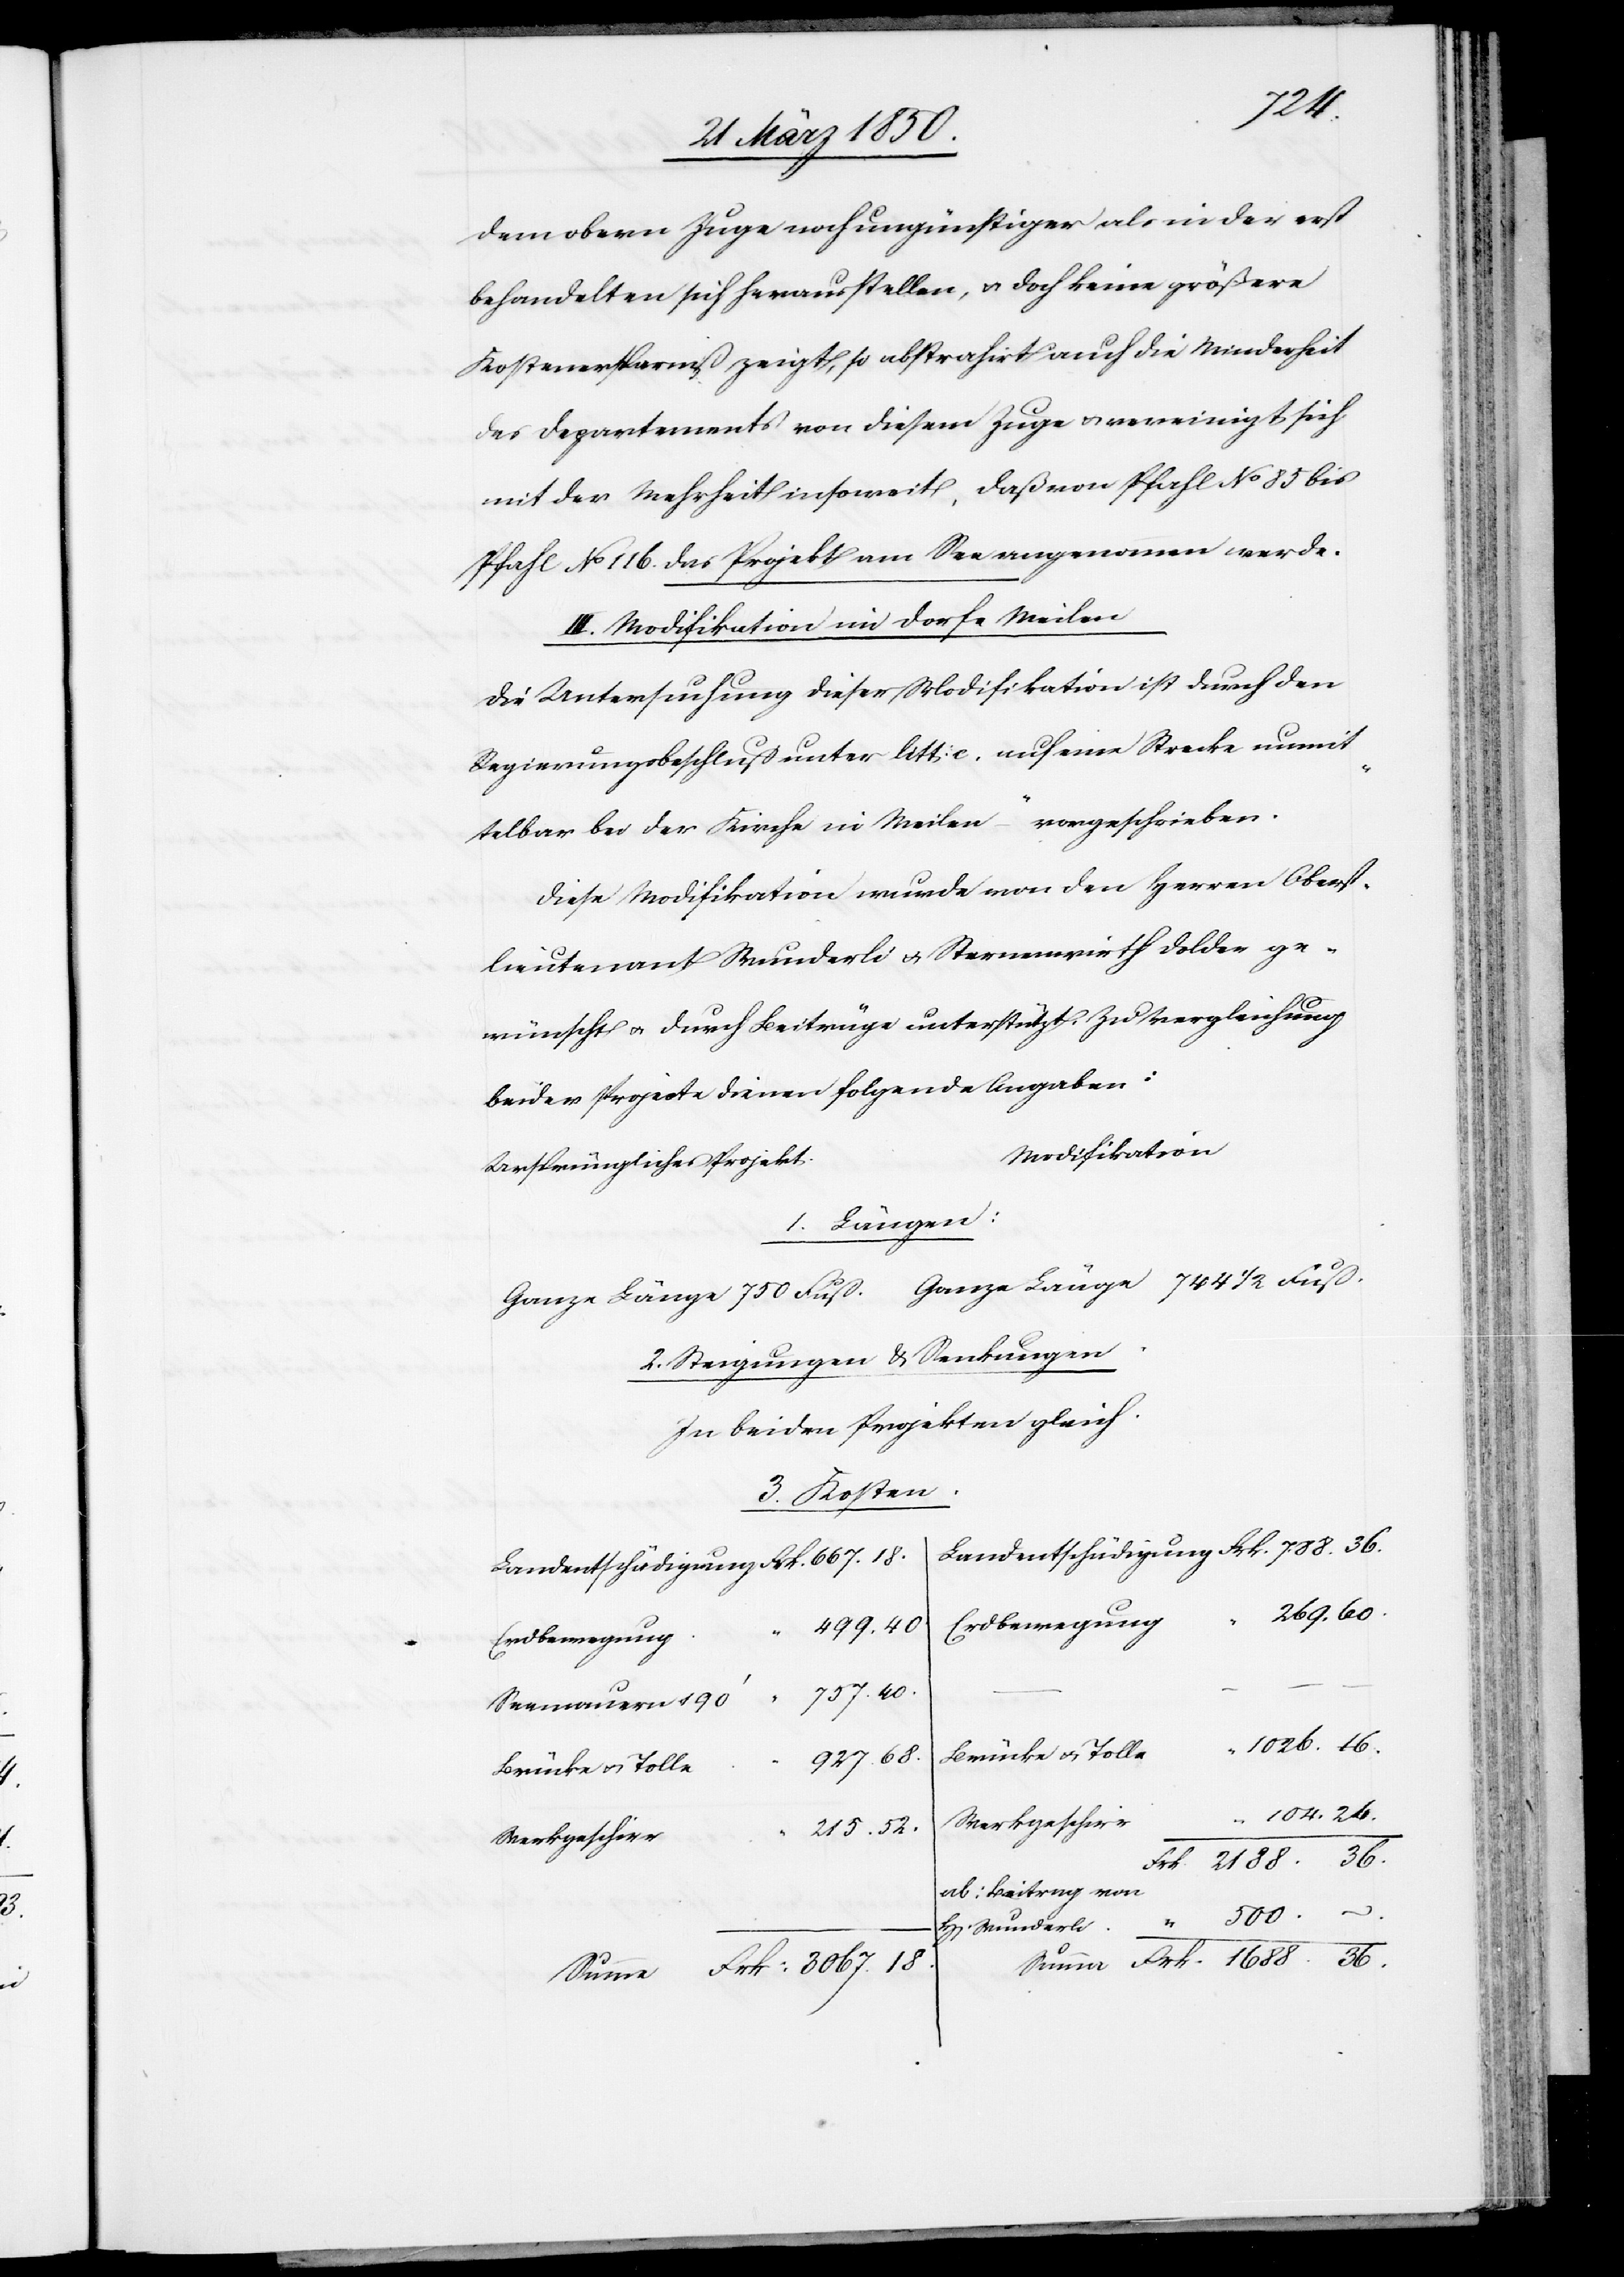
1688.
dem obern Zuge noch ungünstiger als in der erst
behandelten sich herausstellen, u. doch keine größere
Kostenersparniß zeigt, so abstrahirt auch die Minderheit
des Departements von diesem Zuge u. vereinigt sich
mit der Mehrheit insoweit, daß von Pfahl No 85 bis
Pfahl No 116. das Projekt am See angenommen werde.
III. Modifikation im Dorfe Meilen
Die Untersuchung dieser Modifikation ist durch den
Regierungsbeschluß unter litt. e. auf eine Strecke [„]unmit¬
telbar bei der Kirche in Meilen“ vorgeschrieben.
Diese Modifikation wurde von den Herren Oberst¬
lieutenant Wunderli u. Sternenwirth Dolder ge¬
wünscht u. durch Beiträge unterstützt. Zu Vergleichung
beider Projecte dienen folgende Angaben:
Modifikation
Ursprüngliches Projekt
1 Längen:
2. Steigungen u. Senkungen.
In beiden Projekten gleich.
3. Kosten.
Erdbewegung
499.
Seemauern 190‘
Brücke u. Tolle
927.
Brücken u. Tollen
Werkgeschirr
2188.
Werkgeschirr
ab: Beitrag von